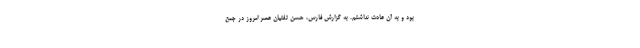
بود و به آن عادت نداشتم. به گزارش فارس، حسن تفتیان عصر امروز در جمع